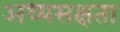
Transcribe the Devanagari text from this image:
अध्यसक्षता